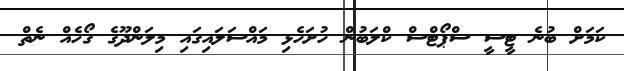
ކަމަށް ބުނެ ޓީސީ ސްޕޯޓްސް ކްލަބުން ހުށަހެޅި މައްސަލައިގައި މިލަންދޫގެ ގޯހެއް ނެތް